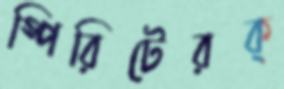
স্পিরিটেরক্